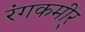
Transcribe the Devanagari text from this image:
रंगकमीर्